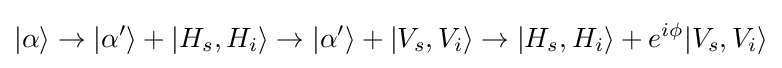
|\alpha \rangle \rightarrow |\alpha '\rangle +|H_{s},H_{i}\rangle \rightarrow |\alpha '\rangle +|V_{s},V_{i}\rangle \rightarrow |H_{s},H_{i}\rangle +e^{i\phi }|V_{s},V_{i}\rangle